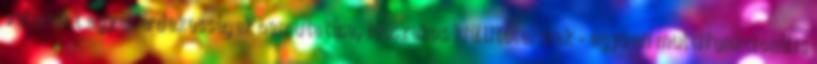
valamint egyéb érdekességek bemutatása, Időszakos kiállítótermek - egyben multifunkcionális